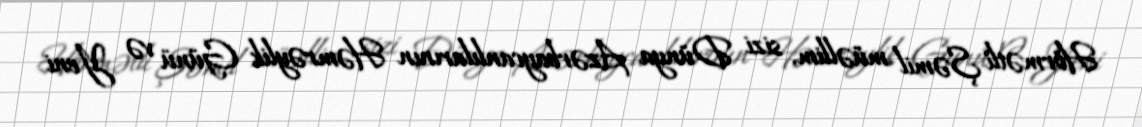
Hörmətli Şəmil müəllim, sizi Dünya Azərbaycanlılarının Həmrəylik Günü və Yeni